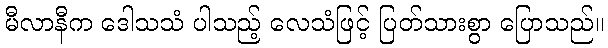
မီလာနီက ဒေါသသံ ပါသည့် လေသံဖြင့် ပြတ်သားစွာ ပြောသည်။